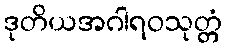
ဒုတိယအဂါရဝသုတ္တံ